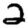
Digit: 2